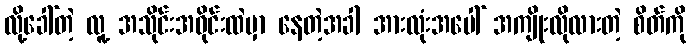
လို့ခေါ်တဲ့ လူ့ အသိုင်းအဝိုင်းထဲမှာ နေတဲ့အခါ အားလုံးအပေါ် အကျိုးလိုလားတဲ့ စိတ်ကို